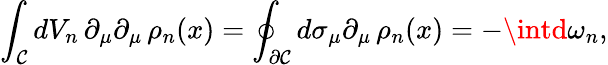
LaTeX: \int_{\cal{\mathcal{C}}}dV_{n}\, \partial_{\mu}\partial_{\mu}\, \rho_{n}(x)=\oint_{\partial\cal{\mathcal{C}}}d\sigma_{\mu}\partial_{\mu}\, \rho_{n}(x)=-\intd\omega_{n},